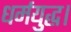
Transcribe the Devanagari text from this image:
धर्मयुद्ध।